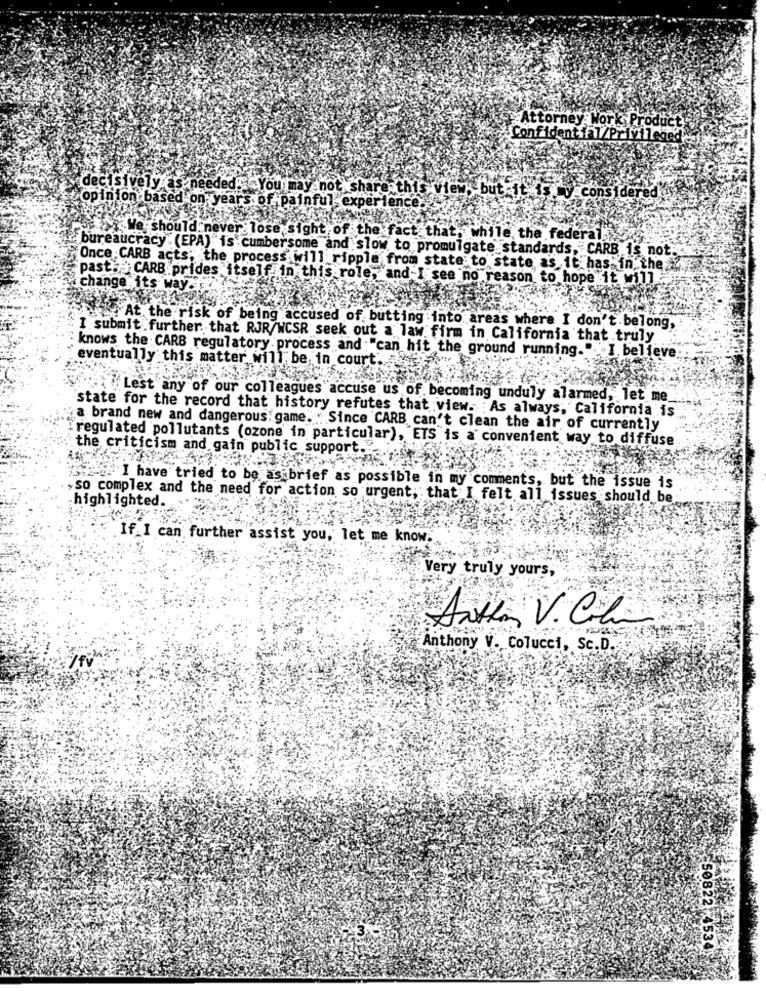
Attorney Work Product
Confidential/Privilege
opinion based on years of painful , expe
decisively as needed You may not share this view: but it is y conside
Hen
e should never lose sight of the fact that, while the federal.
bureaucracy (EPA) is cumbersome and slow to promulgate standards, CARB is not.
Once CARB acts; the process will ripple from state to state as it has in. the
past. CARB prides itself in this role, and I see no reason to hope it will
change its way.
At the risk of being accused of butting into areas where I don't belong,
I submit further that RJR/WCSR seek out a law firm in California that truly
eventually this matter will be in court ..
knows the CARB regulatory process and : "can hit the ground running." I believe
Lest any of our colleagues"accuse us of becoming unduly alarmed, let me
state for the record that history refutes that view. As always, California is
a brand new and dangerous game. " Since CARB can't clean the air of currently
regulated pollutants (ozone in particular), ETS is a convenient way to diffuse
the criticism and gain public support."
325.I have tried to be as brief as possible in my comments, but the issue is
,so complex and the need for action so urgent, that I felt all issues should be
highlighted.
If I can further assist you, let me know.
Very truly yours,
Anthon V. Colin
Anthony V. Colucci, Sc.D.
50822 4534